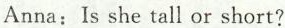
Anna: Is she tall or short?